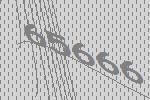
65666